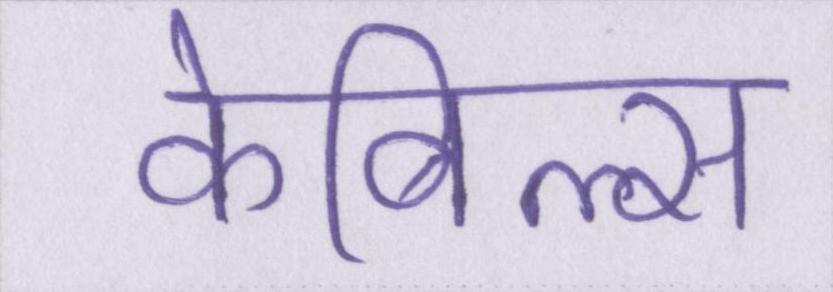
केबिल्स